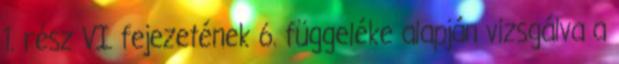
1. rész VI. fejezetének 6. függeléke alapján vizsgálva a